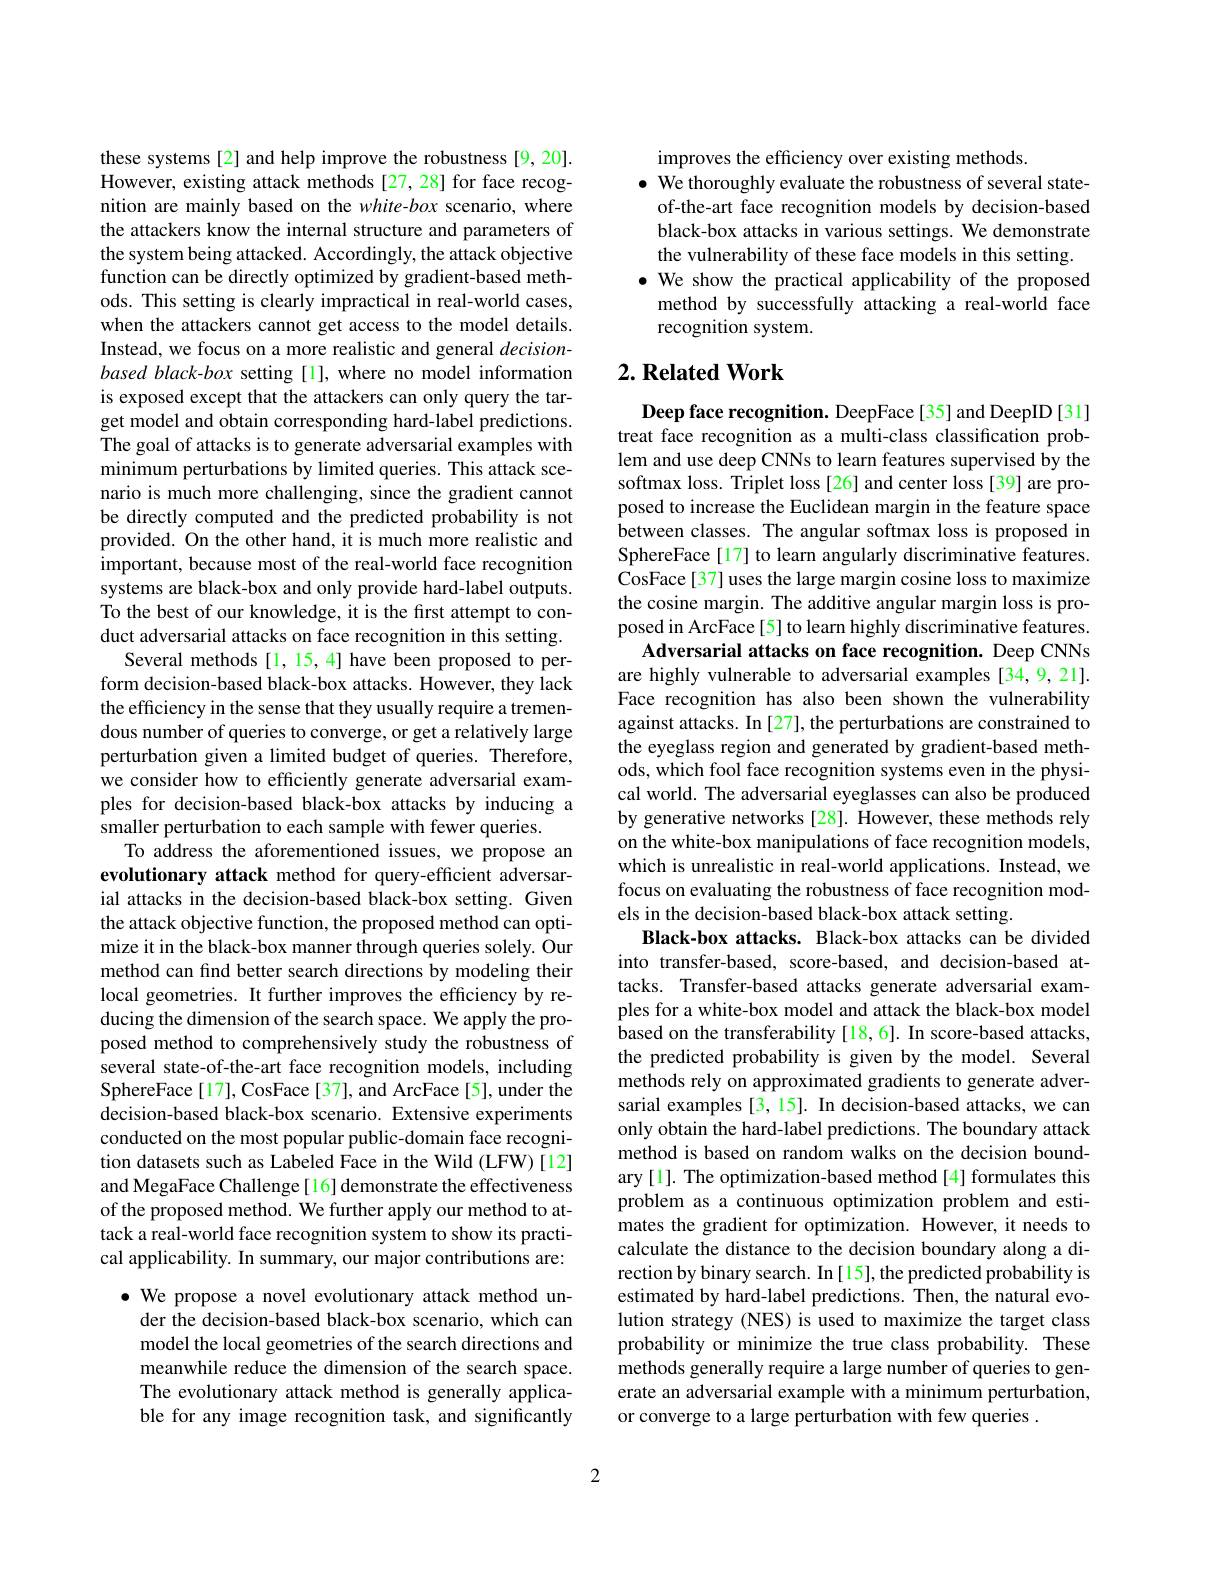
these systems[2] and help improve the robustness[9,20]. However, existing attack methods[27,28] for face recognition are mainly based on the white-box scenario, where the attackers know the internal structure and parameters of the system being attacked. Accordingly, the attack objective function can be directly optimized by gradient-based methods. This setting is clearly impractical in real-world cases, when the attackers cannot get access to the model details. Instead, we focus on a more realistic and general $decision-$ based black-box setting [1], where no model information is exposed except that the attackers can only query the target model and obtain corresponding hard-label predictions. The goal of attacks is to generate adversarial examples with minimum perturbations by limited queries. This attack scenario is much more challenging, since the gradient cannot be directly computed and the predicted probability is not provided. On the other hand, it is much more realistic and important, because most of the real-world face recognition systems are black-box and only provide hard-label outputs. To the best of our knowledge, it is the first attempt to conduct adversarial attacks on face recognition in this setting.
Several methods [1, 15, 4] have been proposed to perform decision-based black-box attacks. However, they lack the efficiency in the sense that they usually require a tremendous number of queries to converge, or get a relatively large perturbation given a limited budget of queries. Therefore, we consider how to efficiently generate adversarial examples for decision-based black-box attacks by inducing a smaller perturbation to each sample with fewer queries.
To address the aforementioned issues, we propose an evolutionary attack method for query-efficient adversarial attacks in the decision-based black-box setting. Given the attack objective function, the proposed method can optimize it in the black-box manner through queries solely. Our method can find better search directions by modeling their local geometries. It further improves the efficiency by reducing the dimension of the search space. We apply the proposed method to comprehensively study the robustness of several state-of-the-art face recognition models, including SphereFace[17], CosFace[37], and ArcFace[5], under the decision-based black-box scenario. Extensive experiments conducted on the most popular public-domain face recognition datasets such as Labeled Face in the Wild (LFW)[12] and MegaFace Challenge[16] demonstrate the effectiveness of the proposed method. We further apply our method to attack a real-world face recognition system to show its practical applicability. In summary, our major contributions are: $\bullet$ We propose a novel evolutionary attack method un-
der the decision-based black-box scenario, which can model the local geometries of the search directions and meanwhile reduce the dimension of the search space. The evolutionary attack method is generally applicable for any image recognition task, and significantly

improves the efficiency over existing methods.
$\bullet$ We thoroughly evaluate the robustness of several state-
of-the-art face recognition models by decision-based black-box attacks in various settings. We demonstrate the vulnerability of these face models in this setting. $\bullet$ We show the practical applicability of the proposed
method by successfully attacking a real-world face
recognition system.

## $2. \textbf{Related Work}$

Deep face recognition. DeepFace[35] and DeepID[31] treat face recognition as a multi-class classification problem and use deep CNNs to learn features supervised by the softmax loss. Triplet loss[26] and center loss[39] are proposed to increase the Euclidean margin in the feature space between classes. The angular softmax loss is proposed in SphereFace [17] to learn angularly discriminative features. $\dot{\text{CosFace[37]uses the large margin cosine loss to maximize}}$ the cosine margin. The additive angular margin loss is proposed in ArcFace[5] to learn highly discriminative features.
Adversarial attacks on face recognition. Deep CNNs are highly vulnerable to adversarial examples [34,9,21]. Face recognition has also been shown the vulnerability against attacks. In [27], the perturbations are constrained to the eyeglass region and generated by gradient-based methods, which fool face recognition systems even in the physical world. The adversarial eyeglasses can also be produced by generative networks [28]. However, these methods rely on the white-box manipulations of face recognition models, which is unrealistic in real-world applications. Instead, we focus on evaluating the robustness of face recognition models in the decision-based black-box attack setting.
Black-box attacks. Black-box attacks can be divided into transfer-based, score-based, and decision-based attacks. Transfer-based attacks generate adversarial examples for a white-box model and attack the black-box model based on the transferability [18,6]. In score-based attacks, the predicted probability is given by the model. Several methods rely on approximated gradients to generate adversarial examples [3, 15]. In decision-based attacks, we can only obtain the hard-label predictions. The boundary attack method is based on random walks on the decision boundary [1]. The optimization-based method [4] formulates this problem as a continuous optimization problem and estimates the gradient for optimization. However, it needs to calculate the distance to the decision boundary along a direction by binary search. In[15], the predicted probability is estimated by hard-label predictions. Then, the natural evolution strategy (NES) is used to maximize the target class probability or minimize the true class probability. These methods generally require a large number of queries to generate an adversarial example with a minimum perturbation, or converge to a large perturbation with few queries .

2